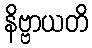
နိဗ္ဗာယတိ